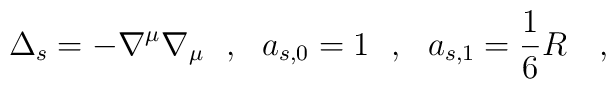
\Delta_s=-\nabla^\mu\nabla_\mu~~,~~a_{s,0}=1~~,~~a_{s,1}=\frac 16 R~~~,